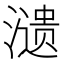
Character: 𬉋